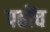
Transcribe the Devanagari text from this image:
पहोंच